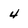
Character: 4